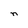
Character: n